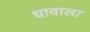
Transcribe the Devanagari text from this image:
धावाला